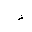
Letter: _fa